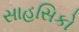
સાહસિકો